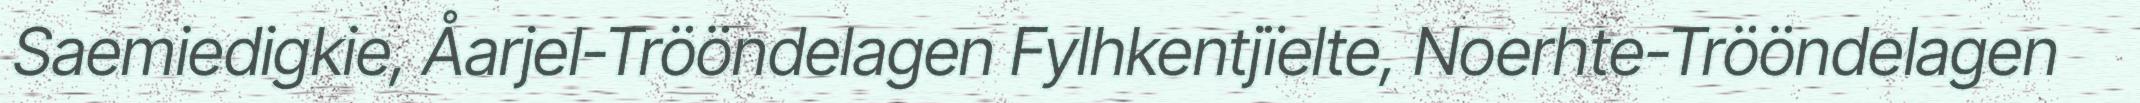
Saemiedigkie, Åarjel-Trööndelagen Fylhkentjïelte, Noerhte-Trööndelagen